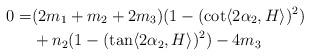
LaTeX: \begin{align*} 0=&(2m_{1}+m_{2}+2m_{3})(1-(\cot \langle 2\alpha_{2}, H\rangle )^{2}) \\& +n_{2}(1-(\tan \langle 2\alpha_{2}, H\rangle )^{2}) -4m_{3} \end{align*}